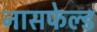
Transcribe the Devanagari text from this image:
नासफेल्ड